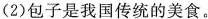
(2)包子是我国传统的美食。